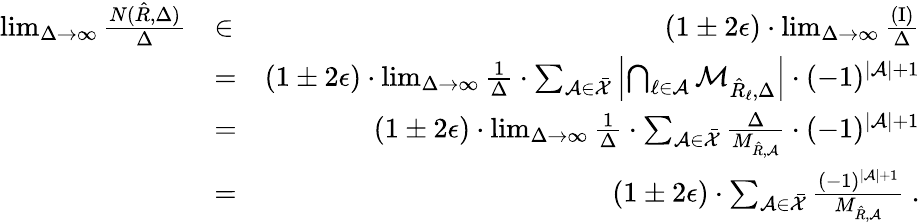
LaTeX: \begin{array}{rlr}{\operatorname*{lim}_{\Delta\to\infty}\frac{N(\hat{R},\Delta)}{\Delta}}&{\in}&{(1\pm 2\epsilon)\cdot\operatorname*{lim}_{\Delta\to\infty}\frac{\mathrm{(I)}}{\Delta}}\\ &{=}&{(1\pm 2\epsilon)\cdot\operatorname*{lim}_{\Delta\to\infty}\frac{1}{\Delta}\cdot\sum_{{\cal A}\in\bar{\cal X}}\left|\bigcap_{\ell\in{\cal A}}{\cal M}_{\hat{R}_{\ell},\Delta}\right|\cdot(-1)^{|{\cal A}|+1}}\\ &{=}&{(1\pm 2\epsilon)\cdot\operatorname*{lim}_{\Delta\to\infty}\frac{1}{\Delta}\cdot\sum_{{\cal A}\in\bar{\cal X}}\frac{\Delta}{M_{\hat{R},{\cal A}}}\cdot(-1)^{|{\cal A}|+1}}\\ &{=}&{(1\pm 2\epsilon)\cdot\sum_{{\cal A}\in\bar{\cal X}}\frac{(-1)^{|{\cal A}|+1}}{M_{\hat{R},{\cal A}}}\ .}\end{array}